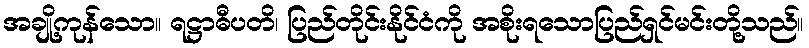
အချို့ကုန်သော။ ရဋ္ဌာဓီပတိ၊ ပြည်တိုင်းနိုင်ငံကို အစိုးရသောပြည်ရှင်မင်းတို့သည်။